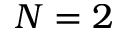
N = 2